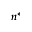
n ^ { * }